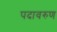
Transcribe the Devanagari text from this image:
पदावरुण